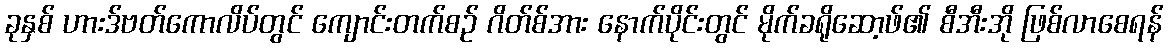
ခုနှစ် ဟားဒ်ဗတ်ကောလိပ်တွင် ကျောင်းတက်စဉ် ဂိတ်စ်အား နောက်ပိုင်းတွင် မိုက်ခရိုဆော့ဖ်၏ စီအီးအို ဖြစ်လာစေရန်